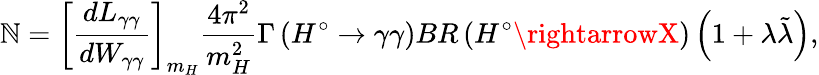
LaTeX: \mathbb{N}=\left[\frac{{dL_{\gamma\gamma}}}{{dW_{\gamma\gamma}}}\right]_{m_{H}}\frac{{4\pi^{2}}}{{m_{H}^{2}}}\Gamma\left(H^{\circ}\rightarrow\gamma\gamma\right)BR\left(H^{\circ}\rightarrowX\right)\left(1+\lambda\tilde{{\lambda}}\right),